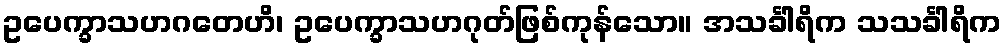
ဥပေက္ခာသဟဂတေဟိ၊ ဥပေက္ခာသဟဂုတ်ဖြစ်ကုန်သော။ အသင်္ခါရိက သသင်္ခါရိက